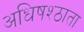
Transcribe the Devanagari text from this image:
अधिषश्ठाता